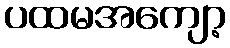
ပထမအကျော့